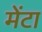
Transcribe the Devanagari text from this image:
मेंटा